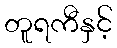
တူရကီနှင့်